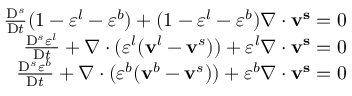
\begin{array} { r } { \frac { \mathrm { D } ^ { s } } { \mathrm { D } t } ( 1 - \varepsilon ^ { l } - \varepsilon ^ { b } ) + ( 1 - \varepsilon ^ { l } - \varepsilon ^ { b } ) \nabla \cdot \mathbf { v ^ { s } } = 0 } \\ { \frac { \mathrm { D } ^ { s } \varepsilon ^ { l } } { \mathrm { D } t } + \nabla \cdot ( \varepsilon ^ { l } ( \mathbf { v } ^ { l } - \mathbf { v } ^ { s } ) ) + \varepsilon ^ { l } \nabla \cdot \mathbf { v ^ { s } } = 0 } \\ { \frac { \mathrm { D } ^ { s } \varepsilon ^ { b } } { \mathrm { D } t } + \nabla \cdot ( \varepsilon ^ { b } ( \mathbf { v } ^ { b } - \mathbf { v } ^ { s } ) ) + \varepsilon ^ { b } \nabla \cdot \mathbf { v ^ { s } } = 0 } \end{array}